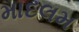
માદલમ